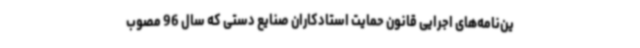
ین‌نامه‌های اجرایی قانون حمایت استادکاران صنایع دستی که سال 96 مصوب